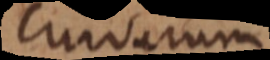
curvarum